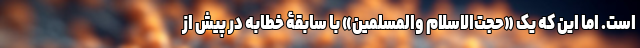
است. اما این که یک «حجت‌الاسلام والمسلمین» با سابقۀ خطابه در پیش از